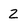
Character: Z